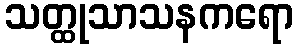
သတ္ထုသာသနကရော